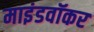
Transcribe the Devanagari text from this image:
माइंडवॉकर